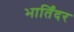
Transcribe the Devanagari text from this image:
भार्तिंदर